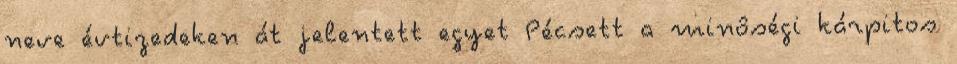
neve évtizedeken át jelentett egyet Pécsett a minôségi kárpitos